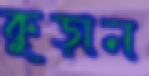
কুড়ান